Report on the cultivation and use of ganja
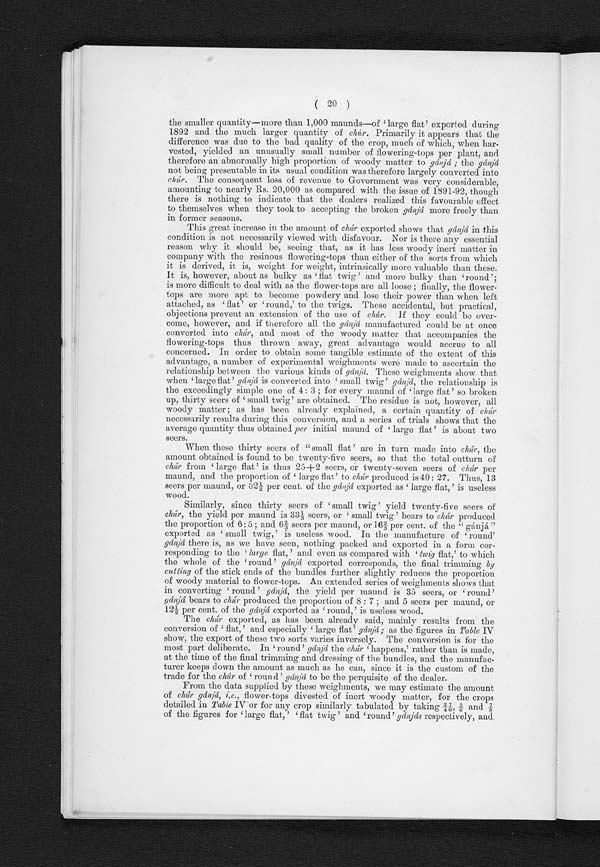
( 20 )
the smaller quantity—more than 1,000 maunds—of 'large flat' exported during
1892 and the much larger quantity of chùr. Primarily it appears that the
difference was due to the bad quality of the crop, much of which, when har-
vested, yielded an unusually small number of flowering-tops per plant, and
therefore an abnormally high proportion of wood matter to gánjá; the g á n j á
not being presentable in its usual condition was therefore largely converted into
chúr. The consequent loss of revenue to Government was very considerable,
amounting to nearly Rs. 20,000 as compared with the issue of 1891-92, though
there is nothing to indicate that the dealers realized this favourable effect
to themselves when they took to accepting the broken gánjá more freely than
in former seasons.
T h i s g r e a t i n c r e a s e i n t h e a m o u n t o fc
h ú r
e x p o r t e d s h o w s t h a t g á n j á i n t h i sc
o n d i t i o n i s n o t n e c e s s a r i l y v i e w e d w i t h d i s f a v o u r . N o r i s t h e r e a n y e s s e n t i a l
reason why it should be, seeing that, as it has less woody inert matter in
company with the resinous flowering-tops than either of the sorts from which
it is derived, it is, weight for weight, intrinsically more valuable than these.
It is, however, about as bulky as 'flat twig' and more bulky than 'round';
is more difficult to deal with as the flower-tops are all loose ;filially, the flower-
tops are more apt to become powdery and lose their power than when left
a t t a c h e d , a s ' f l a t ' o r ' r o u n d , ' t o t h e t wi g s . Th e s e a c c i d e n t a l , b u t p r a c t i c a l ,
objections prevent an extension of the use of chúr If they could be over-
come, however, and if therefore all the gánjá manufactured could be at once
converted, into chúr, and most of the woody matter that accompanies the
flowering-tops thus thrown away, great advantage would accrue to all
concerned. In order to obtain some tangible estimate of the extent of this
advantage, a number of experimental weighments were made to ascertain the
relationship between the various kinds of gánjá. These weighments show that
when 'large flat' gánjá is converted into ' small twig' g á n j á ,
t h e r e l a t i o n s h i p i s
the exceedingly simple one of 4:3;for every maund of 'large flat' so broken
up, t hi r t y s eer s of ' s mal l t wi g' ar e obt ai ned. The r es i due i s not , however , al l
woody matter;as has been already explained, a certain quantity of c h ú r
necessarily results during this conversion, and a series of trials shows that the
average quantity thus obtained per i n i t i a l m a u n d o f ' l a r g e f l a t ' i s a b o u t t w o
seers.
When these thirty seers of "small flat' are in turn made into chúr, the
amount obtained is found to be twenty-five seers, so that the total outturn of
chúr. f r o m ' l a r g e f l a t ' i s t h u s 2 5 + 2 s e e r s , o r t w e n t y - s e v e n s e e r s o fc h ú r
p e r
maund, and the proportion of 'largo flat' to c h ú r
p r o d u c e d i s 4 0 : 2 7 . T h u s , 1 3
seers per maund, or 32½per cent. of the gánjá exported as ' l arge fl at, ' i s usel ess
wood.
Similarly, since thirty seers of 'small twig' yield twenty-five seers of
chúr, the yield per maund is 33 1/3 seers, or ' small twig ' bears toc h ú r
p r o d u c e d
t he proport i on of 6: 5 ; and 6 2/ 3 seers per maund, or 16 2/ 3 per cent . of t he "gánj á"
e x p o r t e d a s ' s ma l l t wi g , ' i s u s e l e s s wo o d . I n t h e ma n u f a c t u r e o f ' r o u n d '
gánjá there is, as we have seen, nothing packed and exported in a form cor-
responding to the 'l a r g e
f l a t , ' a n d e v e n a s c o m p a r e d w i t h 't
w i g
f l a t , ' t o w h i c h
the whole of the 'round' gánjá exported corresponds, the final trimming by
cutting of the stick ends of the bundles further slightly reduces the proportion
of woody material to flower-tops. An extended series of weighments shows that
in converting 'round 'g á n j á ,
t h e y i e l d p e r m a u n d i s 3 5 s e e r s , o r ' r o u n d '
gánjá bears to chúr produced the proportion of 8:7;and 5 seers per maund, or
12½per cent. of the gánjá export ed as ' round, ' i s usel ess wood.
The chúr exported, as has been already said, mainly results from the
conversi on of ' fl at , ' and especi al l y ' l arge fl at ' g á n j á ;
a s t h e f i g u r e s i n
T a b l e
I V
show, the export of these two sorts varies inversely. The conversion is for the
most part deliberate. In 'round' gánjá the chúr ' happens,' rather than is made,
at the time of the final trimming and dressing of the bundles, and the manufac-
turer keeps down the amount as much as he can, since it is the custom of the
trade for the chúr• of round' gánjá to be the perquisite of the dealer.
From the data supplied by these weighments, we may estimate the amount
of chùr • gánjá, i.e., flower-tops divested of inert woody matter, for the crops
detailed in Table IV or for any crop similarly tabulated by taking 2/4 7/0, 5/6and
7/8 of the figures for 'large flat, 'flat twig ' and 'round' gánjás respectively, and